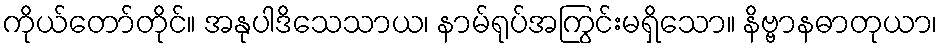
ကိုယ်တော်တိုင်။ အနုပါဒိသေသာယ၊ နာမ်ရုပ်အကြွင်းမရှိသော။ နိဗ္ဗာနဓာတုယာ၊